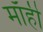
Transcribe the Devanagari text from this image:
माँही